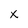
Character: X